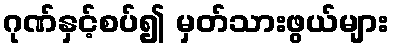
ဂုဏ်နှင့်စပ်၍ မှတ်သားဖွယ်များ